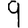
Digit: 9